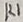
Text: K1